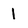
Character: l